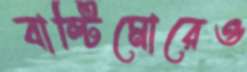
বাল্টিমোরেও